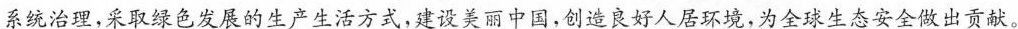
系统治理，采取绿色发展的生产生活方式，建设美丽中国，创造良好人居环境，为全球生态安全做出贡献。